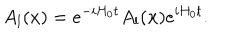
A _ { l } ( x ) = e ^ { - i H _ { 0 } t } A _ { l } ( { \bf x } ) e ^ { i H _ { 0 } t } .